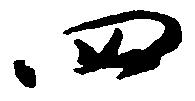
四